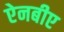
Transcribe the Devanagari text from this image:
ऐनबीए